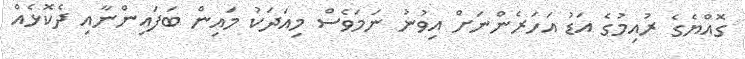
ގޮއްޔެގެ ރުއިމުގެ އަޑު އަހަރެންނަށް އިވުނު ނަމަވެސް މިއަދަކު މައިން ބަފައިންނާއި ދެކޮޅެއް